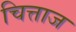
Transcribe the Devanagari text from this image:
चित्ताज